Vaccination in Bombay 1874-1876 - 1874-1876
Year: 1874
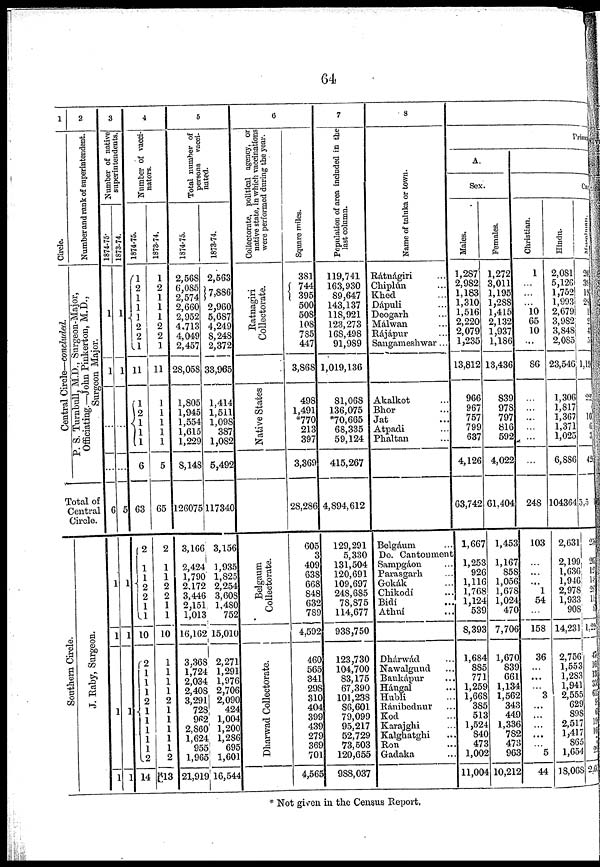
64
1
Circle.
Central Circle—concluded.
2
Number and rank of superintendent.
P. S. Turnbull, M.D., Surgeon-Major,
Officiating.—John Pinkerton, M.D.,
Surgeon Major.
Total of
Central
Circle.
Southern Circle.
J. Raby, Surgeon.
3
Number of native
superintendents.
1874-75.
1
1
...
...
6
1
1
1
1
1873-74.
1
1
...
...
5
1
1
1
1
4
Number of vacci-
nators.
1874-75.
1
2
1
1
1 2
2
1
11
1
2
1 1
1
6
63
2
1 1
2 2 1
1
10
2
1
1
1
2
1
1
1
1
1
2
14
1873-74.
1
2
1
1
1
2
2
1
11
1
1
1
1
1
5
65
2
1
1
2
2
1
1
10
1
1
1
1
2
1
1
1
1
1
2
13
5
Total number of
persons vacci-
nated.
1874-75.
2,568
6,085
2,574
2,660
2,952
4,713
4,049
2,457
28,058
1,805
1,945
1,554
1,615
1,229
8,148
126075
3,166
2,424
1,790
2,172
3,446
2,151
1,013
16,162
3,368
1,724
2,034
2,408
3,291
728
962
2,860
1,624
955
1,965
21,919
1873-74.
2,563
7,886
2,960
5,687
4,249
8,248
2,372
33,965
1,414
1,511
1,098
387
1,082
5,492
117340
3,156
1,935
1,825
2,254
3,608
1,480
752
15,010
2,271
1,291
1,976
2,706
2,090
424
1,004
1,200
1,286
695
1,601
16,544
6
Collectorate, political agency, or
native state, in which vaccinations
were performed during the year.
Ratnagiri
Collectorate.
Native States
Belgaum
Collectorate.
Dharwad Collectorate.
Square miles.
381
744
395
500
508
108
785
447
3,868
498
1,491
*770
213
397
3,369
28,286
605
3
409
638
668
848
632
789
4,592
460
565
341
298
310
404
399
439
279
369
701
4,565
7
Population of area included in the
last column.
119,741
163,930
89,647
143,137
118,921
123,273
168,498
91,989
1,019,136
81,068
136,075
*70,665
68,335
59,124
415,267
4,894,612
129,291
5,330
131,504
120,691
109,697
248,685
78,875
114,677
938,750
123,730
104,700
83,175
67,390
101,238
86,601
79,099
95,217
52,729
73,503
120,655
988,037
8
Name of taluka or town.
Rátnágiri ...
Chiplún ...
Khed ...
Dápuli ...
Deogarh ...
Málwan ...
Rájápur ...
Sangameshwar ...
Akalkot ...
Bhor ...
Jat ...
Atpadi ...
Phaltan ...
Belgáum ...
Do. Cantonment ...
Sampgáon ...
Parasgarh ...
Gokák ...
Chikodí ...
Bidí ...
Athní ...
Dhárwád ...
Nawalgund ...
Bankápur ...
Hángal ...
Hubli ...
Ránibednur ...
Kod ...
Karajghi ...
Kalghatghi ...
Ron ...
Gadaka ...
Primary
A.
Sex.
Males.
1,287
2,982
1,183
1,310
1,516
2,220
2,079
1,235
13,812
966
967
757
799
637
4,126
63,742
1,667
1,253
926
1,116
1,768
1,124
539
8,393
1,684
885
771
1,259
1,668
385
513
1,524
840
473
1,002
11,004
Females.
1,272
3,011
1,195
1,288
1,415
2,132
1,937
1,186
13,436
839
978
797
816
592
4,022
61,404
1,453
1,167
858
1,056
1,678
1,024
470
7,706
1,670
839
661
1,134
1,562
343
449
1,336
782
473
963
10,212
Cast
Christian.
1
...
...
...
10
65
10
...
86
...
...
...
...
...
...
248
103
...
...
... 1
54
...
158
36
...
...
...
3
...
...
...
...
... 5
44
Hindu.
2,081
5,126
1,752
1,993
2,679
3,982
3,848
2,085
23,546
1,306
1,817
1,367
1,371
1,025
6,886
104364
2,631
2,199
1,636
1,946
2,978
1,933
908
14,231
2,756
1,553
1,283
1,941
2,555
629
898
2,517
1,417
865
1,654
18,068
Musalman.
20
39
19
28
1
2
4
5
1,191
227
10 6
3
425
3,501
23
20
128
148
287
11
82
1,226
4 162
13
3 615
9
61
19
16
7
22
2,6
* Not given in the Census Report.